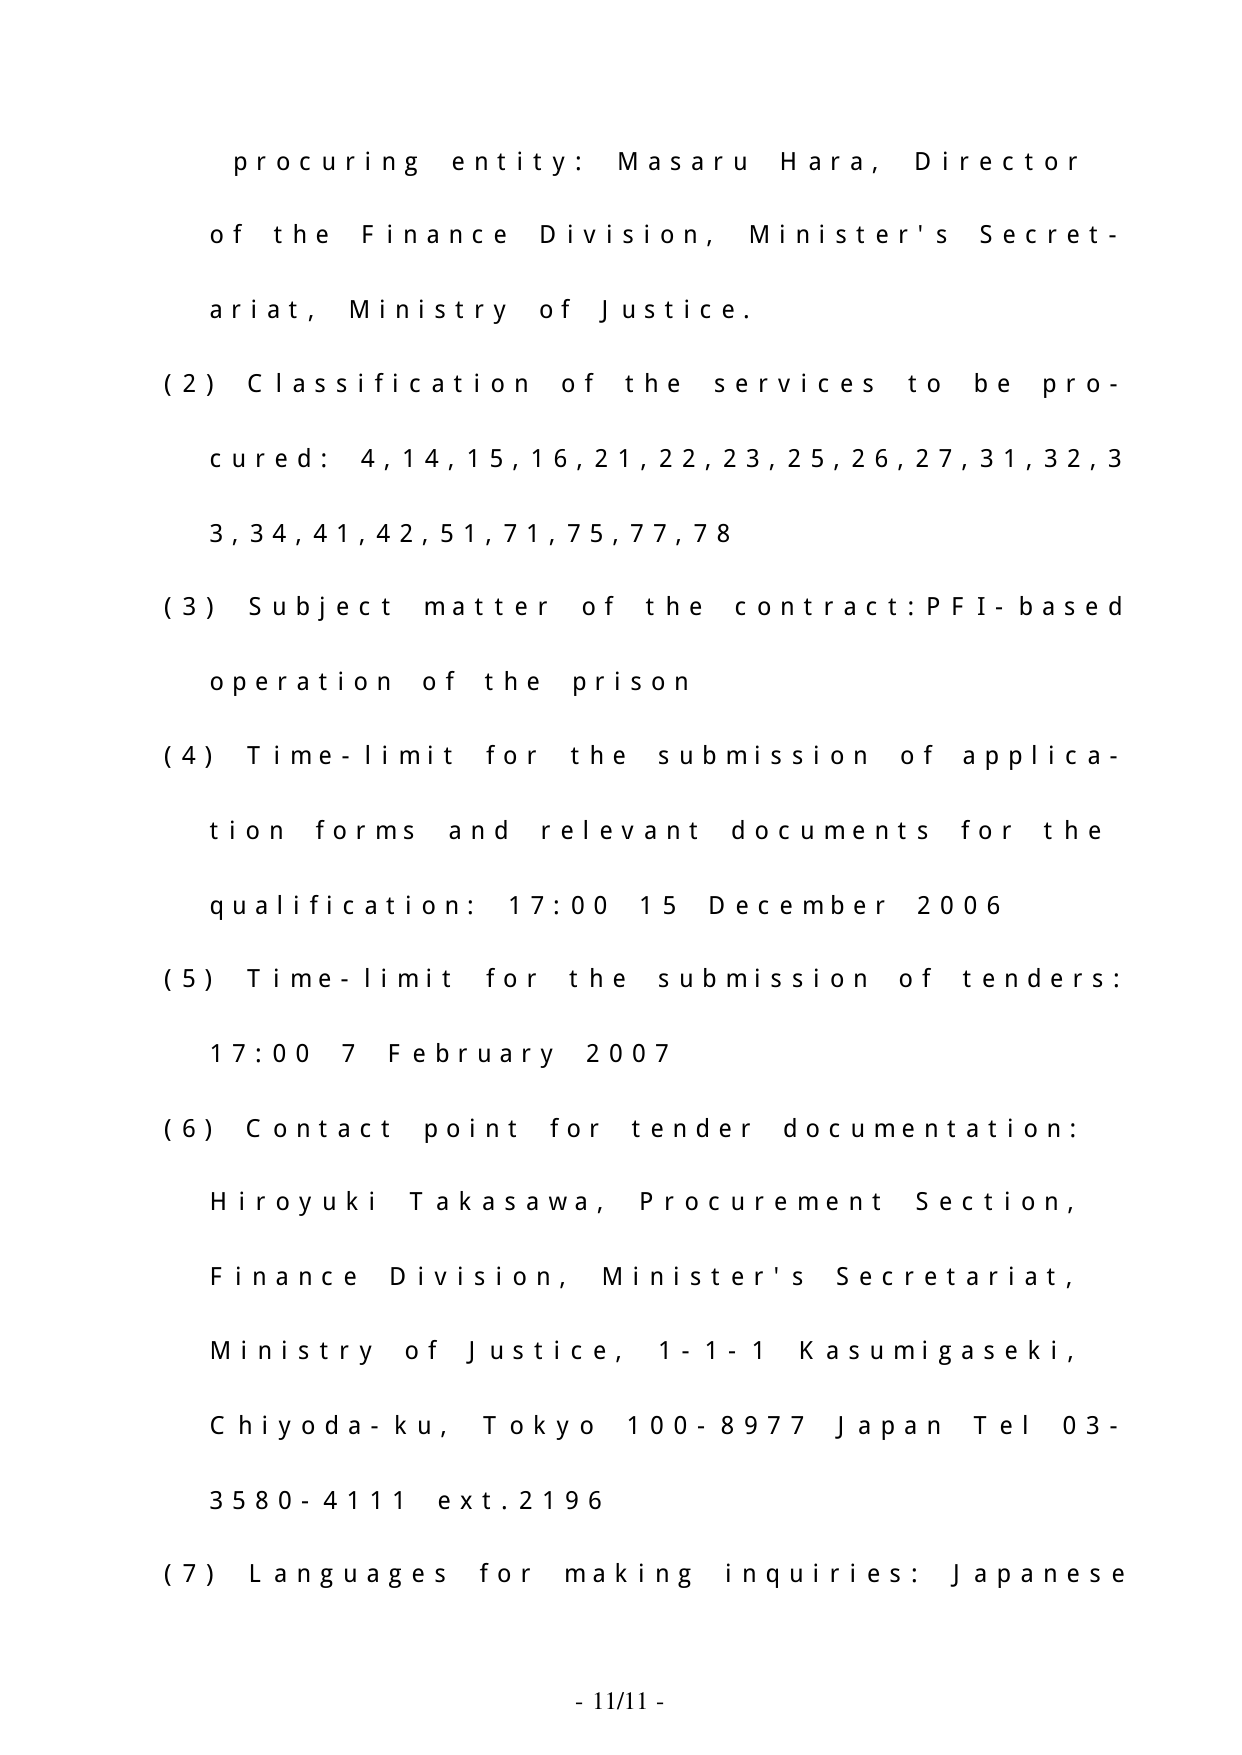
procuring entity: Masaru Hara, Director
of the Finance Division, Minister's Secret-
ariat, Ministry of Justice.
(2) Classification of the services to be pro-
cured: 4,14,15,16,21,22,23,25,26,27,31,32,3
3,34,41,42,51,71,75,77,78
(3) Subject matter of the contract: PFI-based
operation of the prison
(4) Time-limit for the submission of applica-
tion forms and relevant documents for the
qualification: 17:00 15 December 2006
(5) Time-limit for the submission of tenders:
17:00 7 February 2007
(6) Contact point for tender documentation:
Hiroyuki Takasawa, Procurement Section,
Finance Division, Minister's Secretariat,
Ministry of Justice, 1-1-1 Kasumigaseki,
Chiyoda-ku, Tokyo 100-8977 Japan Tel 03-
3580-4111 ext.2196
(7) Languages for making inquiries: Japanese
- 11/11 -